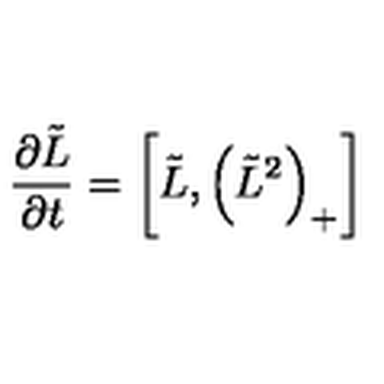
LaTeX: { \frac { \partial \tilde { L } } { \partial t } } = \left[ \tilde { L } , \left( \tilde { L } ^ { 2 } \right) _ { + } \right]